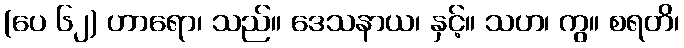
(ပေ ၆၂) ဟာရော၊ သည်။ ဒေသနာယ၊ နှင့်။ သဟ၊ ကွ။ စရတိ၊